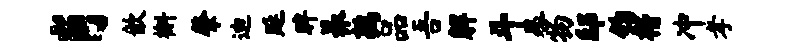
肖歆槲肇迪延眸养鹑品吾解斗晷物邸钧楷冲孝